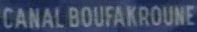
CANALBOUFAKROUNE